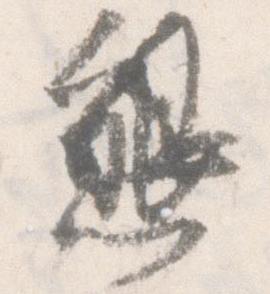
懇